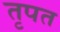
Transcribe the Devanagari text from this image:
तृपत